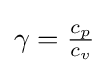
{\textstyle \gamma ={\frac {c_{p}}{c_{v}}}}